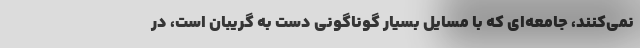
نمی‌کنند، جامعه‌ای که با مسایل بسیار گوناگونی دست به گریبان است، در